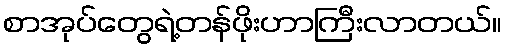
စာအုပ်တွေရဲ့တန်ဖိုးဟာကြီးလာတယ်။